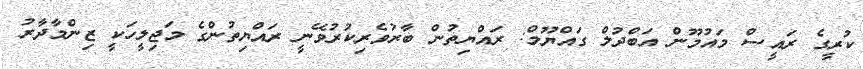
ކުރީގެ ރައީސް މައުމޫން އަބްދުލް ގައްޔޫމް: ރައްޔިތުން ބާރުވެރިކުރުވޭނީ ރައްޔިތުންގެ މަޖިލީހަކީ ޒިންމާދާރު